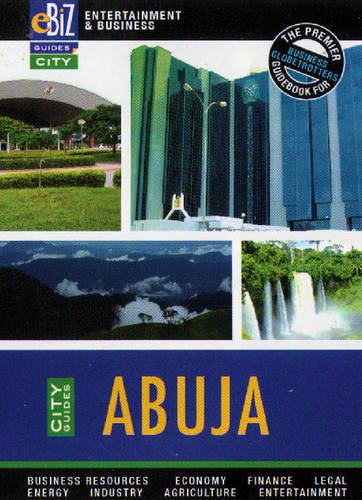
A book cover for Abuja (eBiz City Guides); Travel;